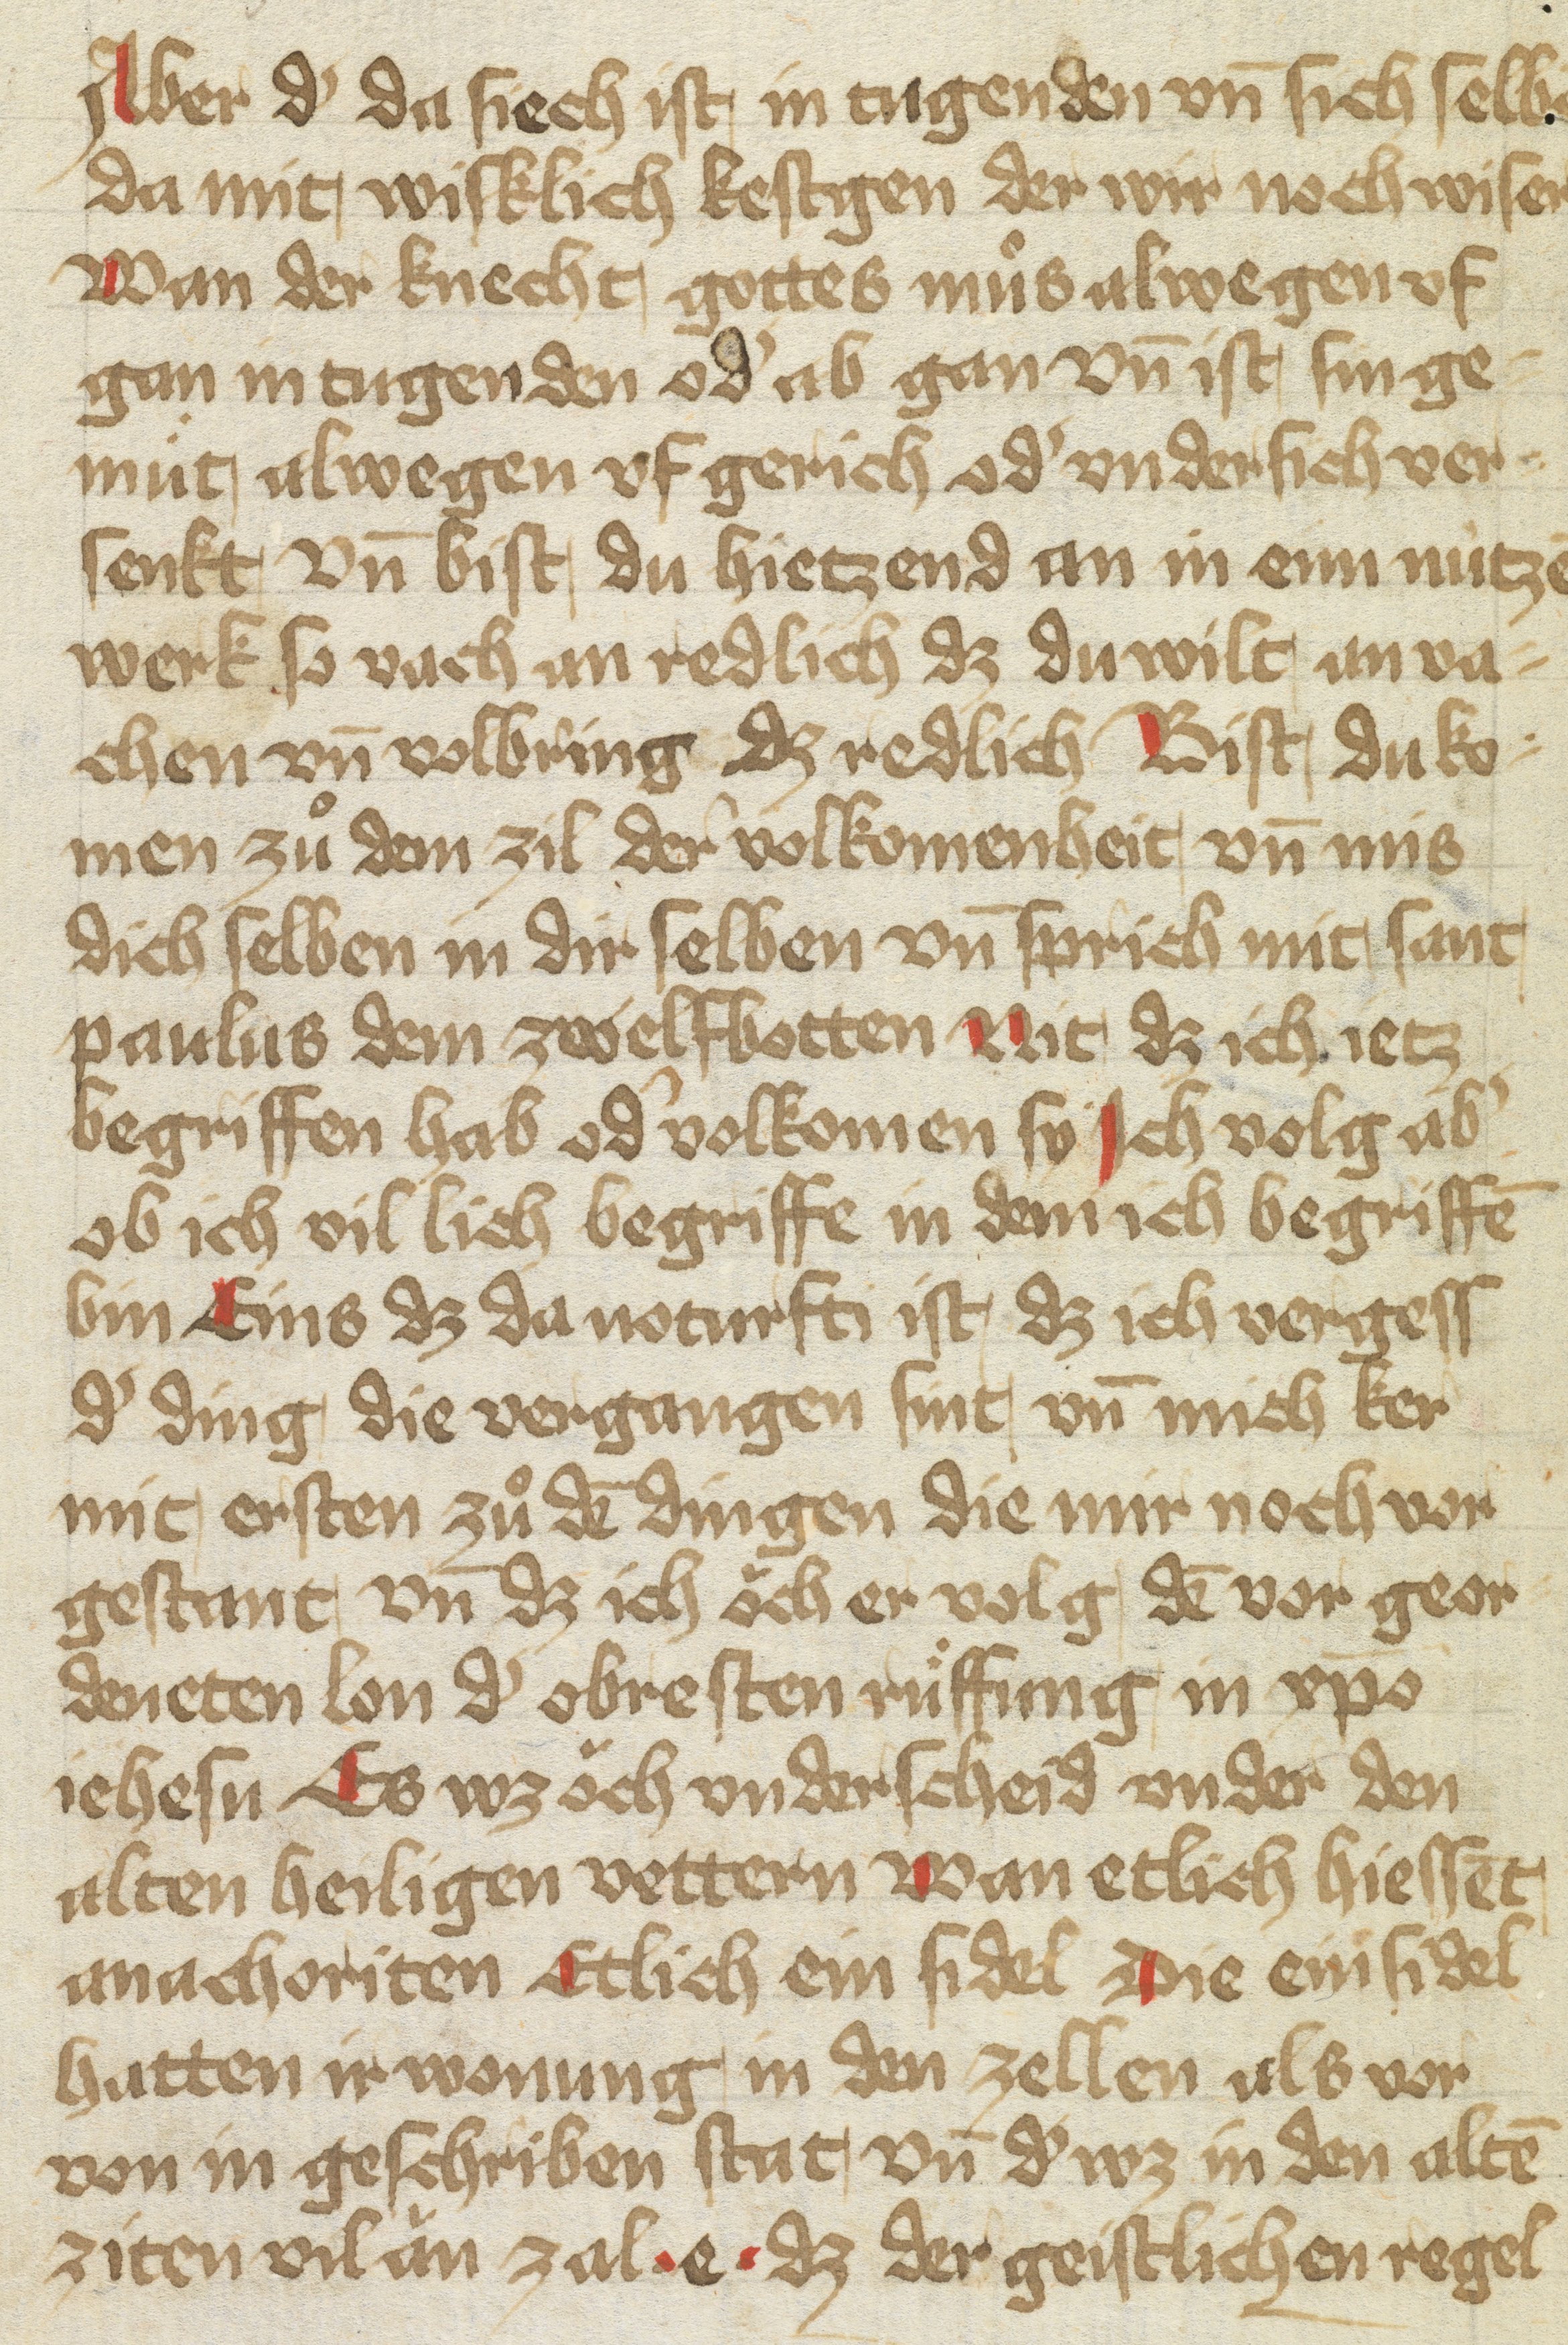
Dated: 1400–1499